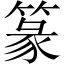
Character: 篆